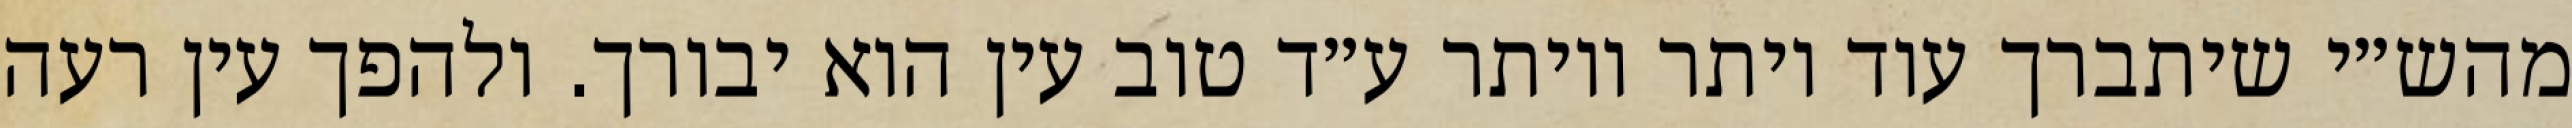
מהש״י שיתברך עוד יותר ויותר ע״ד טוב עין הוא יבורך. ולהפך עין רעה